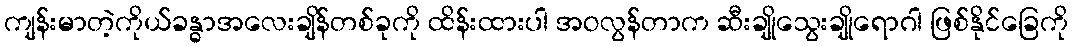
ကျန်းမာတဲ့ကိုယ်ခန္ဓာအလေးချိန်တစ်ခုကို ထိန်းထားပါ အဝလွန်တာက ဆီးချိုသွေးချိုရောဂါ ဖြစ်နိုင်ခြေကို